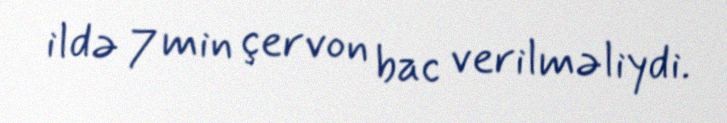
ildə 7 min çervon bac verilməliydi.